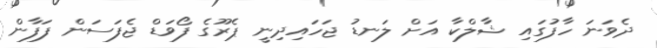
ދެވަނަ ހާފުގައި ޝާލްކާ އަށް ލަނޑު ޖަހައިދިނީ ޕެރޫގެ ފޯވަޑް ޖެފަސަން ފަފާން